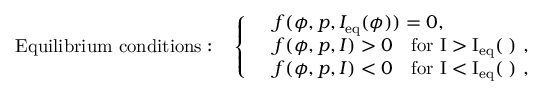
\mathrm { E q u i l i b r i u m ~ c o n d i t i o n s : } \quad \left\{ \begin{array} { r l } & { f ( \phi , p , I _ { \mathrm { e q } } ( \phi ) ) = 0 , } \\ & { f ( \phi , p , I ) > 0 \quad \mathrm { f o r ~ I > I _ { \mathrm { e q } } ( \phi ) ~ } , } \\ & { f ( \phi , p , I ) < 0 \quad \mathrm { f o r ~ I < I _ { \mathrm { e q } } ( \phi ) ~ } , } \end{array} \right.